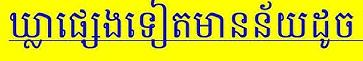
ឃ្លាផ្សេងទៀតមានន័យដូច